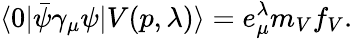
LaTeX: \langle 0|\bar{\psi}\gamma_{\mu}\psi|V(p,\lambda)\rangle=e_{\mu}^{\lambda}m_{V}f_{V}.